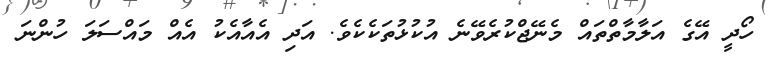
ހޯދީ އޭގެ އަލާމާތްތައް މެނޭޖްކުރެވޭނެ އުކުޅުތަކެކެވެ. އަދި އެއާއެކު އެއް މައްސަލަ ހުންނަ